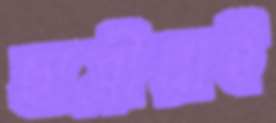
ছাত্রীরাই